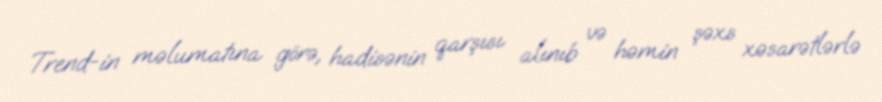
Trend-in məlumatına görə, hadisənin qarşısı alınıb və həmin şəxs xəsarətlərlə